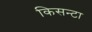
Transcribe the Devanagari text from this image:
किसन्टा